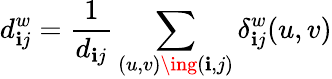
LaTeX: d_{\mathbf{i}j}^{w}=\frac{{1}}{{d_{\mathbf{i}j}}}\sum_{(u,v)\ing(\mathbf{i},j)}\delta_{\mathbf{i}j}^{w}(u,v)